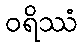
ဝရိဿံ